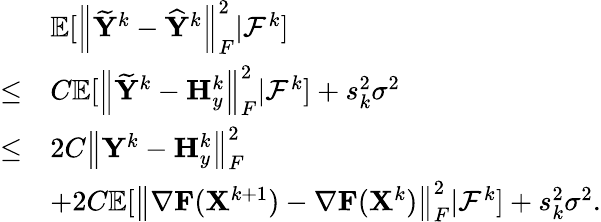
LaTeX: \begin{array}{rl}&{{\mathbb{E}}[\left\| \widetilde{{\mathbf{Y}}}^{k}-\widehat{{\mathbf{Y}}}^{k}\right\| _{F}^{2}\vert{\mathcal{F}}^{k}]}\\ {\leq}&{C{\mathbb{E}}[\left\| \widetilde{{\mathbf{Y}}}^{k}-{\mathbf{H}}_{y}^{k}\right\| _{F}^{2}\vert{\mathcal{F}}^{k}]+s_{k}^{2}\sigma^{2}}\\ {\leq}&{2C\left\| {\mathbf{Y}}^{k}-{\mathbf{H}}_{y}^{k}\right\| _{F}^{2}}\\ &{+2C{\mathbb{E}}[\left\| \nabla{\mathbf{F}}({\mathbf{X}}^{k+1})-\nabla{\mathbf{F}}({\mathbf{X}}^{k})\right\| _{F}^{2}\vert{\mathcal{F}}^{k}]+s_{k}^{2}\sigma^{2}.}\end{array}